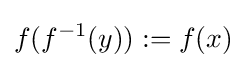
f(f^{-1}(y)):=f(x)